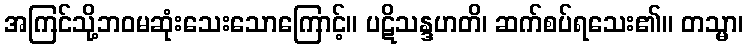
အကြင်သို့ဘဝမဆုံးသေးသောကြောင့်။ ပဋိသန္ဒဟတိ၊ ဆက်စပ်ရသေး၏။ တသ္မာ၊